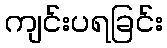
ကျင်းပရခြင်း